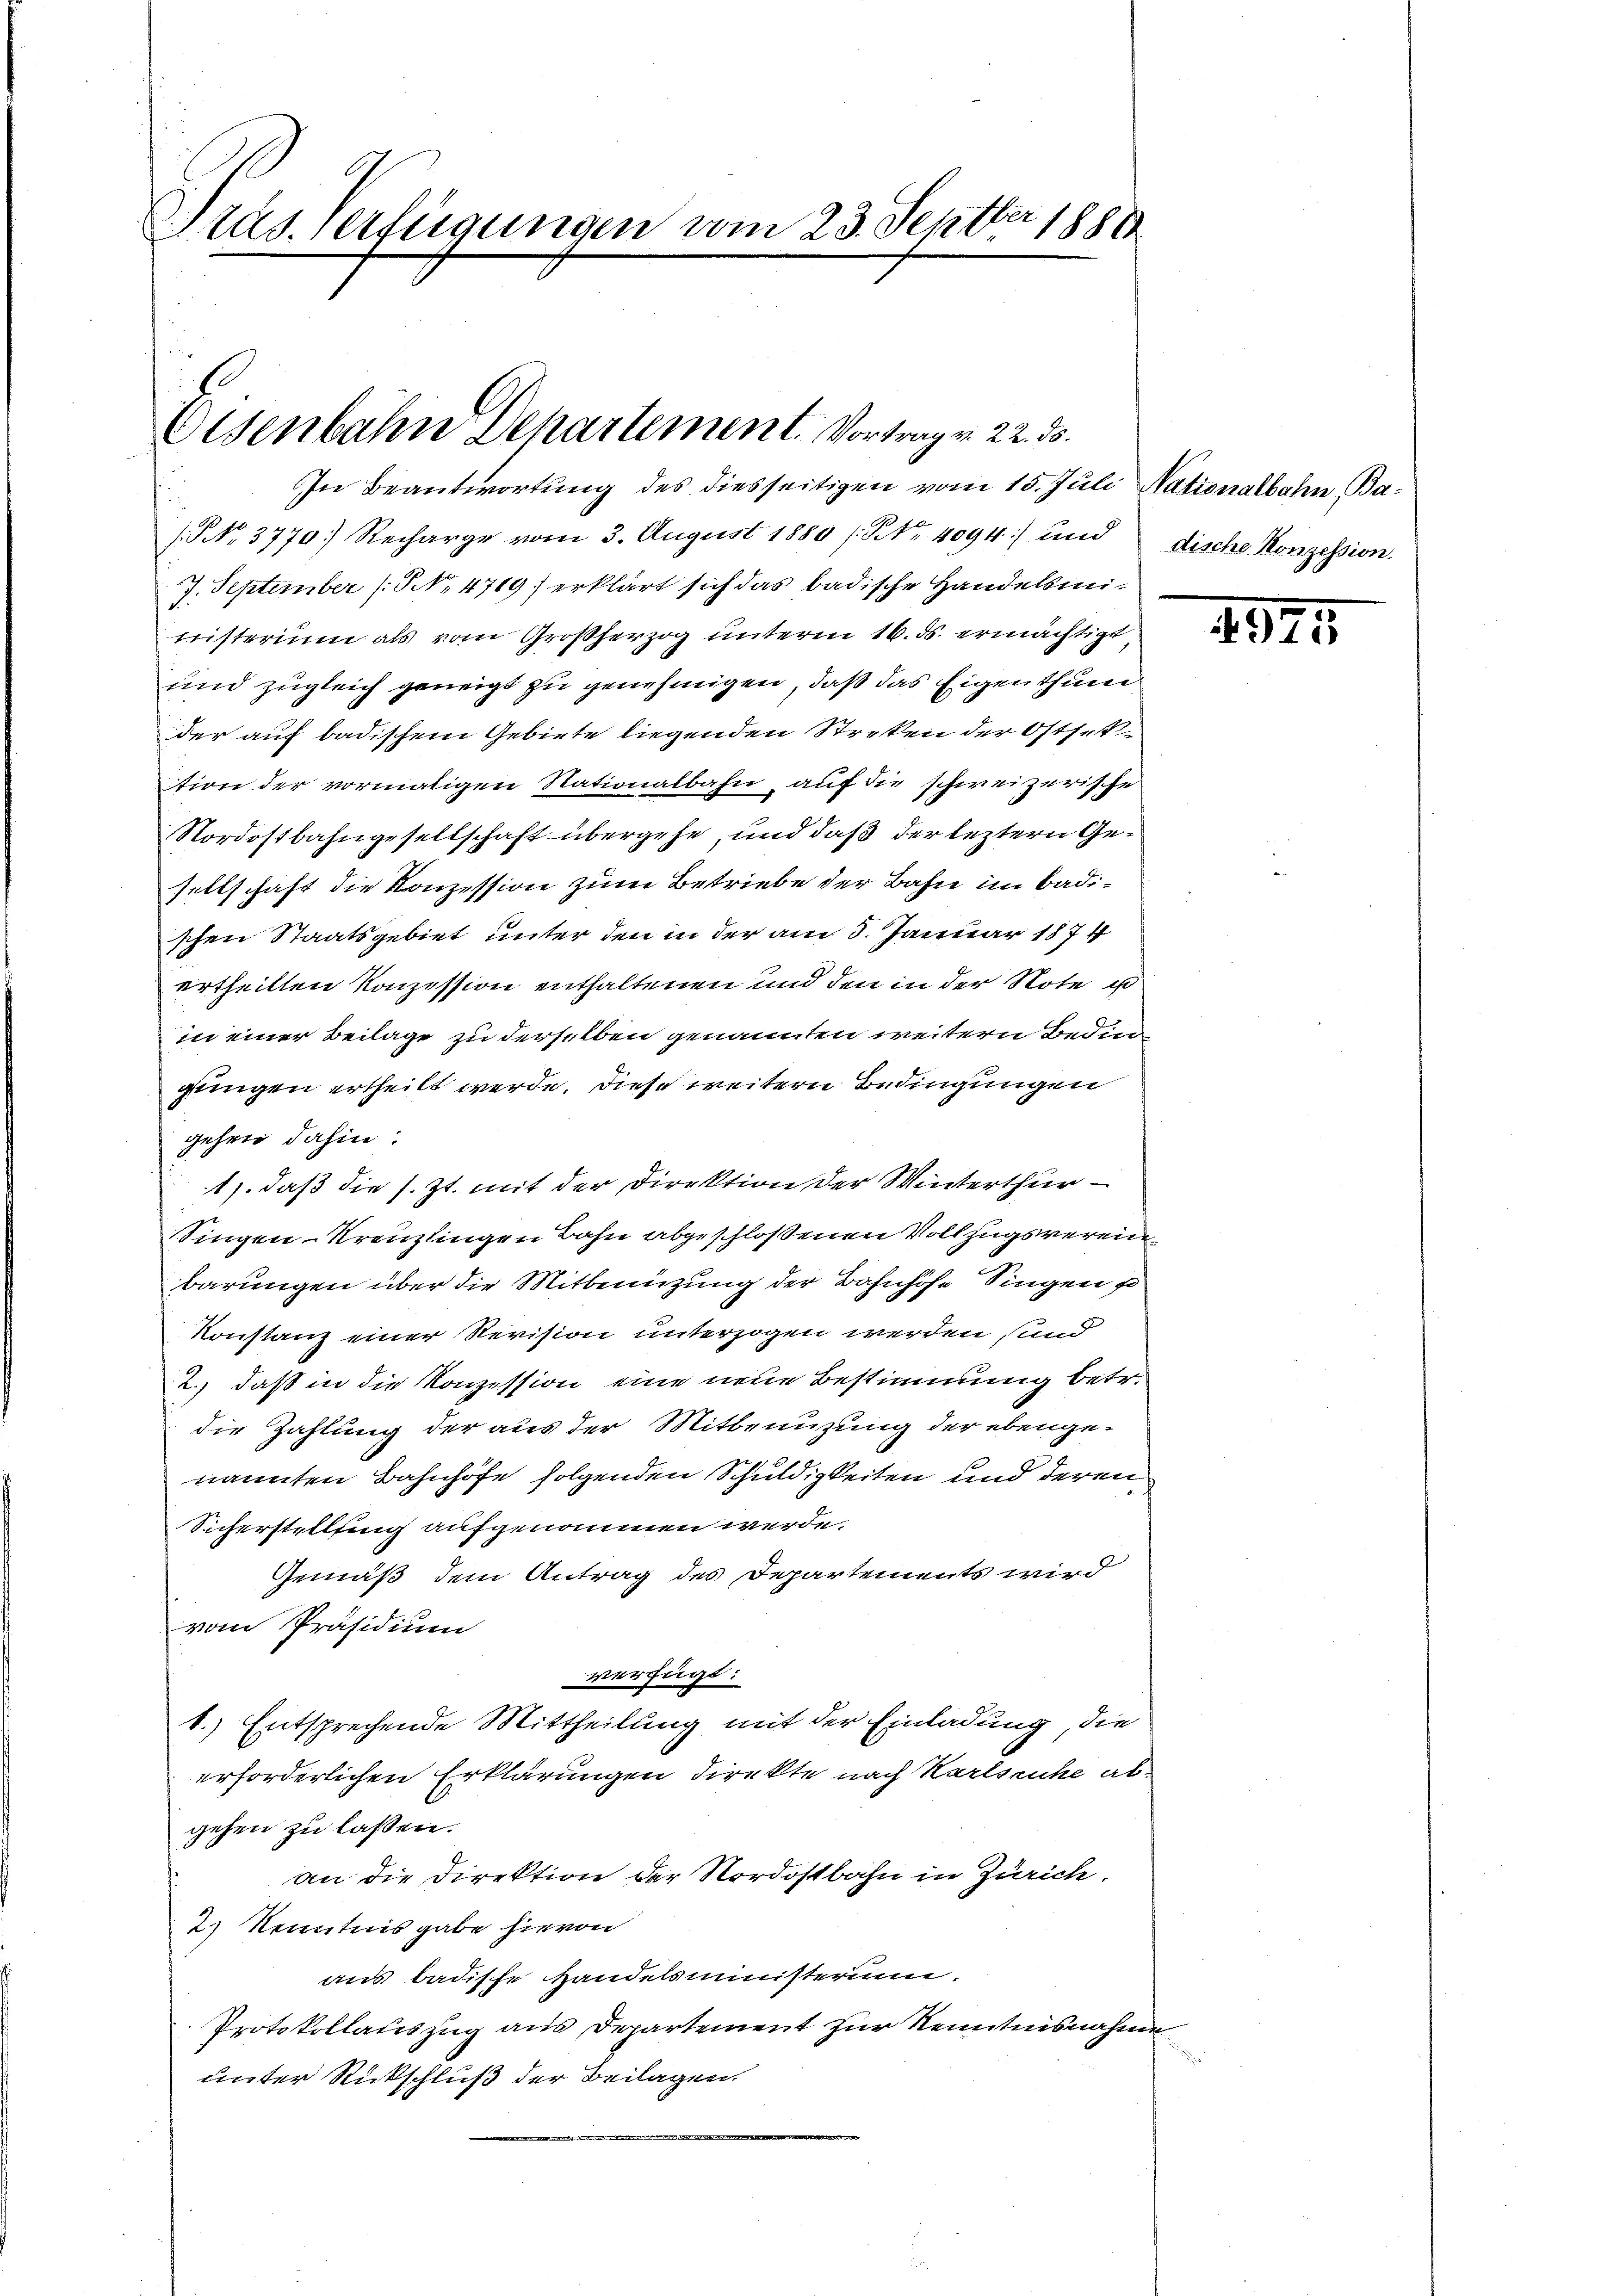
Präs. Verfügungen vom 23. Septbr 1881

Eisenbahn Departement. Vortrag v. 22. ds.

In Beantwortung des diesseitigen vom 15. Juli Nationalbahn Ba¬
(NNo. 3770) Recharge vom 3. August 1880 / NNo. 4094) und dische Konzession.
7. September (S. 4719) erklärt sich das badische Handelsministerium als vom Großherzog unterm 16. ds. ermächtigt
und zugleich geneigt zu genehmigen, daß das Eigenthum
der auf badischem Gebiete liegenden Streken der Ostsettion der vormaligen Nationalbahn, auf die schweizerische
Nordostbahngesellschaft übergehe, und daß der leztern Gesellschaft die Konzession zum Betriebe der Bahn im Badischen Staatsgebiet unter den in der am 3. Januar 1874
ertheilten Konzession enthaltenen und den in der Note u
in einer Beilage zu derselben genannten weitern Bedingungen ertheilt werde. Diese weitern Bedingungen
gehen dahin:
1), daß die s. Zt. mit der Direktion der Winterthur
Singen-Kreuzlingen Bahn abgeschlossenen Vollzugsvereinbarungen über die Mitbenützung der Bahnhöfe Singen
Konstanz einer Revision unterzogen werden sind
2., daß in die Konzession eine neue Bestimmung betr.
die Zahlung der aus der Mitbenuzung der ebengenannten Bahnhöfe folgenden Schuldigkeiten und deren
Sicherstellung aufgenommen werde.
Gemäß dem Antrag des Departements wird
vom Präsidium
verfügt:
1.) Entsprechende Mittheilung mit der Einladung, die
erforderlichen Erklärungen direkte nach Karlsruhe abgehen zu lassen.
an die Direktion der Nordostbahn in Zürich.
2.) Kenntnis gabe hievon
aus badische Handelsministerium.
Protokollateszug aus Departement zur Kenntnisnahme
unter Rückschluß der Beilagen.

49.

1